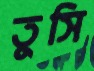
তুসি